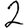
Digit: 2